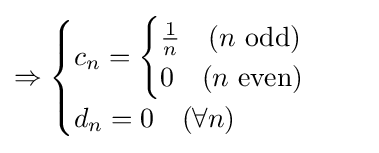
\Rightarrow {\begin{cases}c_{n}={\begin{cases}{\frac {1}{n}}\quad (n{\text{ odd}})\\0\quad (n{\text{ even}})\end{cases}}\\d_{n}=0\quad (\forall n)\end{cases}}